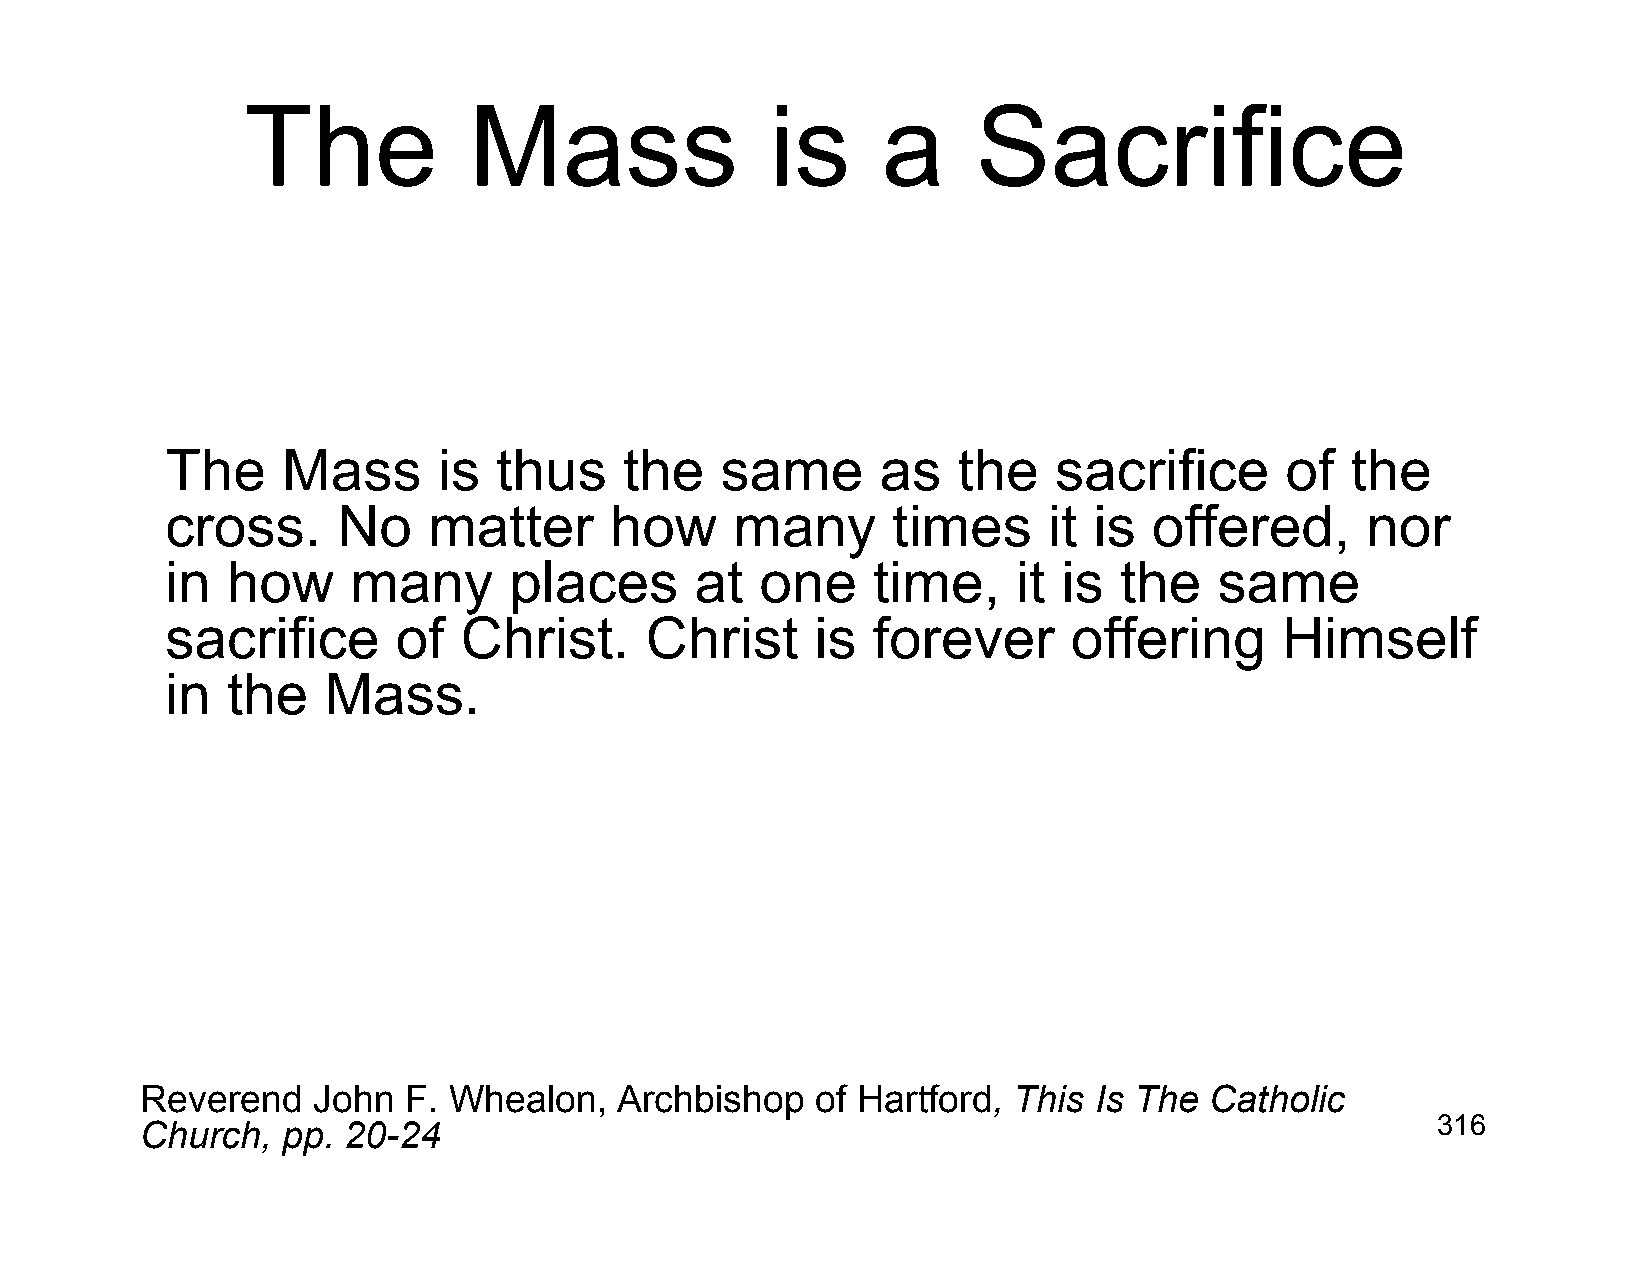
The            Mass                is     a      Sacrifice
 The     Mass      is  thus    the    same      as   the    sacrifice      of  the
 cross.     No    matter      how      many      times     it is  offered,      nor
 in  how     many       places      at  one     time,    it is  the    same
 sacrifice      of  Christ.      Christ     is  forever      offering      Himself
 in  the   Mass.
 Reverend    John  F. Whealon,   Archbishop   of Hartford, This Is The  Catholic
 Church,   pp. 20-24                                                                   316